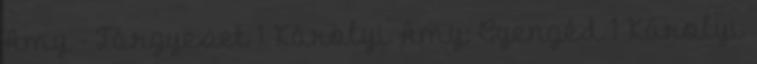
Amy - Tárgyeset 1 Károlyi Amy: Gyengéd 1 Károlyi